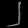
Digit: ၂